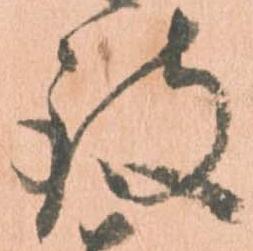
致